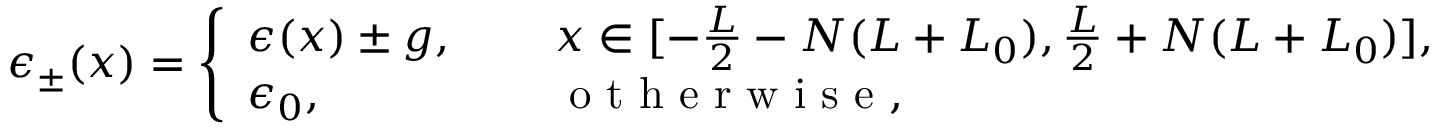
\epsilon _ { \pm } ( x ) = \left\{ \begin{array} { l l } { \epsilon ( x ) \pm g , \ \ } & { \ \ x \in [ - \frac { L } { 2 } - N ( L + L _ { 0 } ) , \frac { L } { 2 } + N ( L + L _ { 0 } ) ] , } \\ { \epsilon _ { 0 } , \ \ } & { \ \ \mathrm { ~ o ~ t ~ h ~ e ~ r ~ w ~ i ~ s ~ e ~ } , } \end{array} \right.